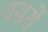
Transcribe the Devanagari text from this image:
वसरों